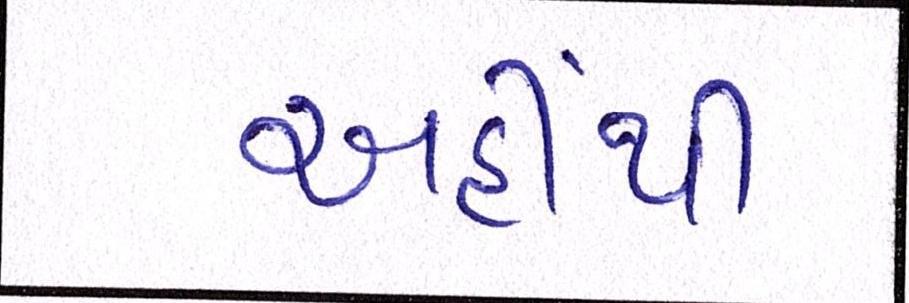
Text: અહીંથી